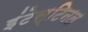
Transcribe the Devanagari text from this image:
इंटेस्टिनल